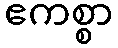
ဧကစ္စာ